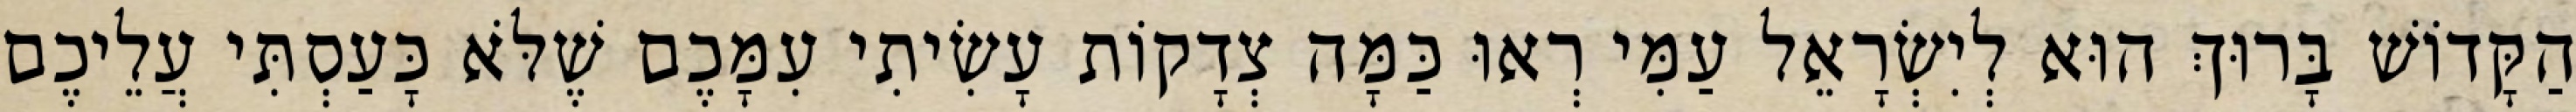
הַקָּדוֹשׁ בָּרוּךְ הוּא לְיִשְׂרָאֵל עַמִּי רְאוּ כַּמָּה צְדָקוֹת עָשִׂיתִי עִמָּכֶם שֶׁלֹּא כָּעַסְתִּי עֲלֵיכֶם